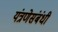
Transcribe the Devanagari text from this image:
यंत्रणेसंबंधी